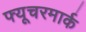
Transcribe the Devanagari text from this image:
फ्यूचरमार्क